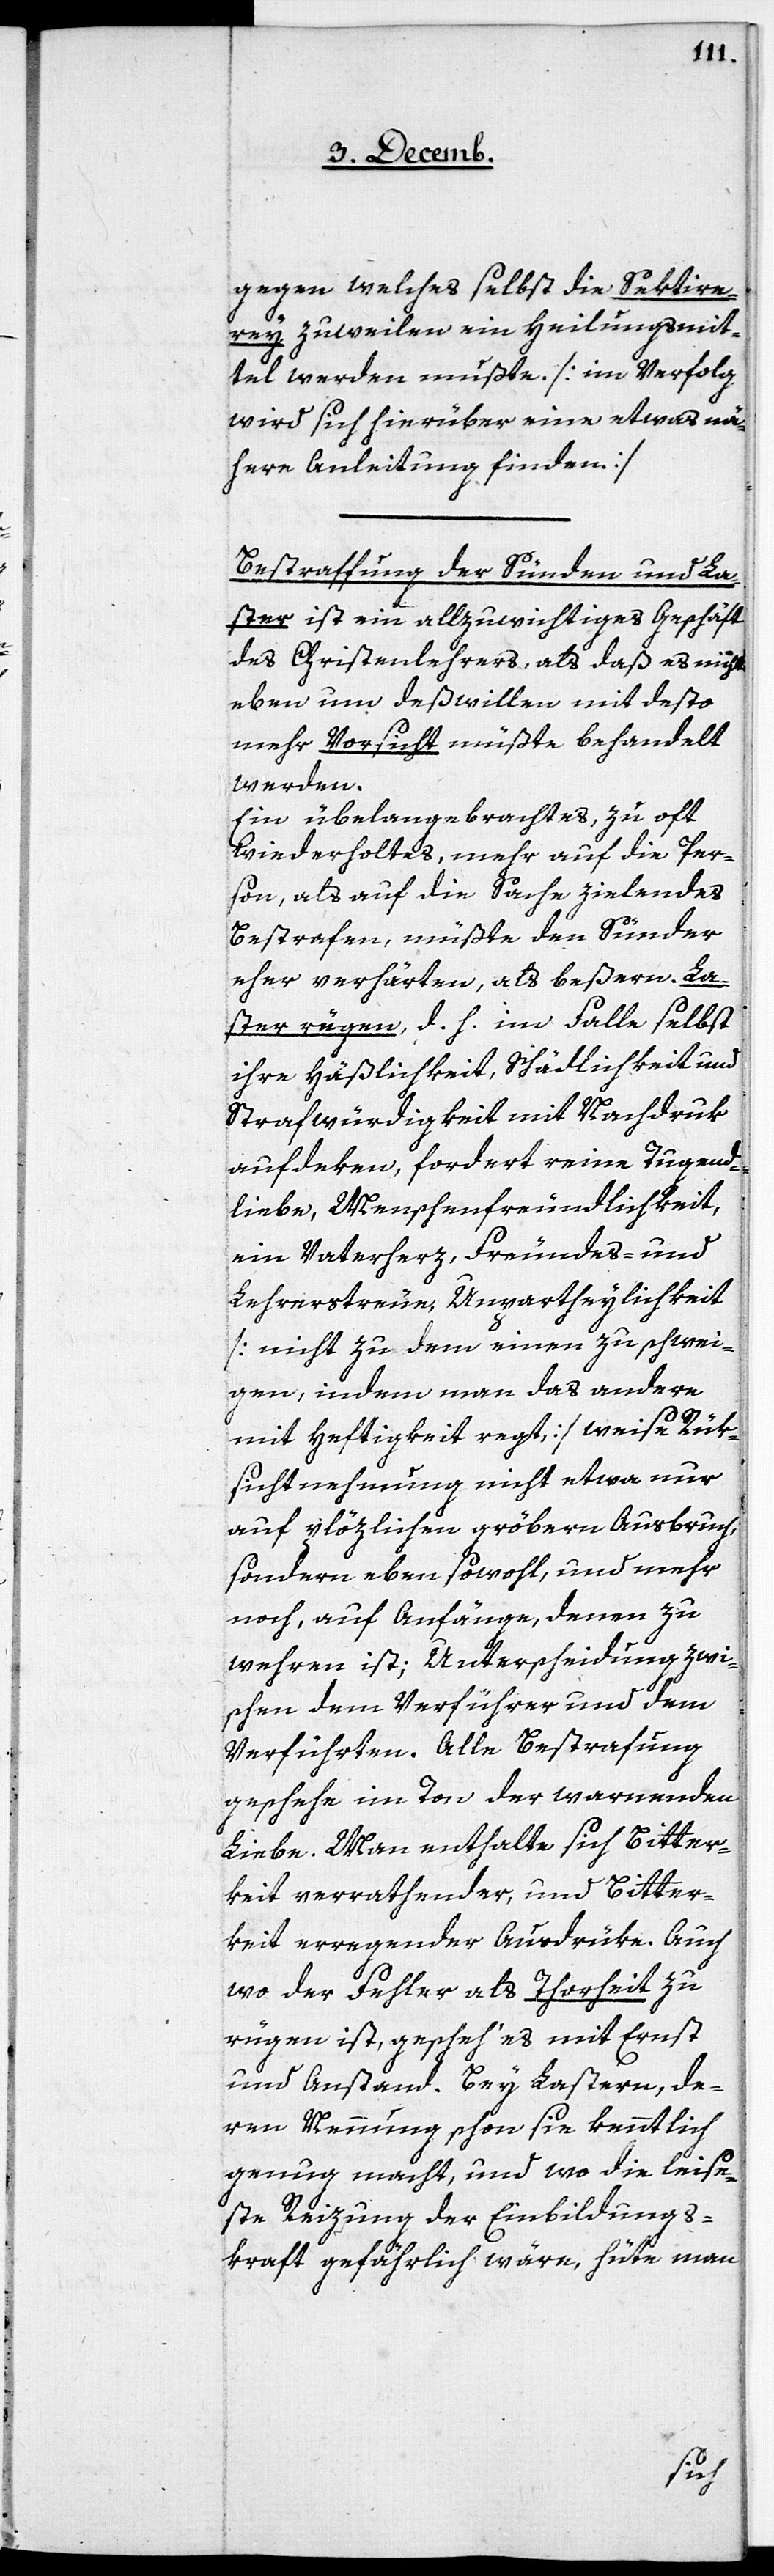
gegen welches selbst die Sektiere¬
rey zuweilen ein Heilungsmit¬
tel werden mußte. [im Verfolg
wird sich hierüber eine etwas nä¬
here Anleitung finden.]
Bestraffung der Sünden und La¬
ster ist ein allzuwichtiges Geschäft
des Christenlehrers, als daß es nicht
eben um deßwillen mit desto
mehr Vorsicht müßte behandelt
werden.
Ein übelangebrachtes, zu oft
wiederholtes, mehr auf die Per¬
son, als auf die Sache zielendes
Bestrafen, müßte den Sünder
eher verhärten, als beßern. La¬
ster rügen, d. h. im Falle selbst
ihre Häßlichkeit, Schädlichkeit und
Strafwürdigkeit mit Nachdruk
aufdeken, fordert reine Tugend¬
liebe, Menschenfreundlichkeit,
ein Vaterherz, Freundes- und
Lehrerstreue, Unpartheylichkeit
[nicht zu dem einen zu schwei¬
gen, indem man das andere
mit Heftigkeit regt,] weise Rük¬
sichtnehmung nicht etwa nur
auf plözlichen gröbern Ausbruch;
sondern eben sowohl, und mehr
noch, auf Anfänge, denen zu
wehren ist; Unterscheidung zwi¬
schen dem Verführer und dem
Verführten. Alle Bestrafung
geschehe im Ton der warnenden
Liebe. Man enthalte sich Bitter¬
keit verrathender, und Bitter¬
keit erregender Ausdrüke. Auch
wo der Fehler als Torheit zu
rügen ist, gescheh’ es mit Ernst
und Anstand. Bei Lastern, de¬
ren Nennung schon sie kenntlich
genug macht, und wo die leise¬
ste Reizung der Einbildungs¬
kraft gefährlich wäre, hüte man